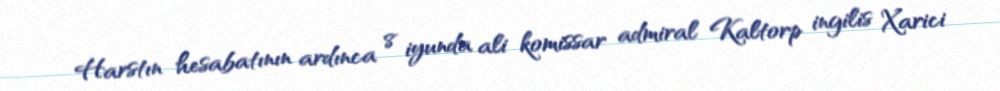
Harstın hesabatının ardınca 8 iyunda ali komissar admiral Kaltorp ingilis Xarici